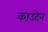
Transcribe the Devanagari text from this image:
काउंटेन